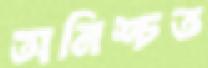
অনিশ্চত